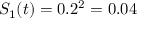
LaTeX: S _ { 1 } ( t ) = 0 . 2 ^ { 2 } = 0 . 0 4